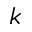
k